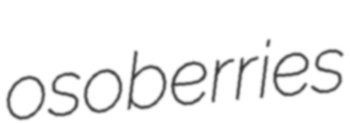
osoberries